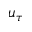
u _ { \tau }